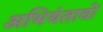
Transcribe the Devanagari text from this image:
अभियंतावों